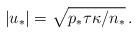
LaTeX: \begin{align*}|u_\ast|=\sqrt{p_\ast\tau\kappa/n_\ast}\,.\end{align*}